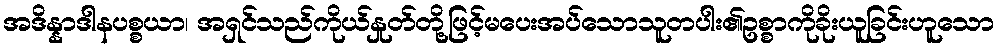
အဒိန္နာဒါနပစ္စယာ၊ အရှင်သည်ကိုယ်နှုတ်တို့ဖြင့်မပေးအပ်သောသူတပါး၏ဥစ္စာကိုခိုးယူခြင်းဟူသော